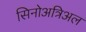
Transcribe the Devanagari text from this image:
सिनोअत्रिअल